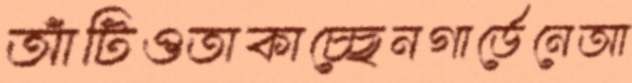
আঁটিওতাকাচ্ছেনগার্ডেনেআ